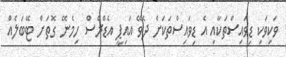
ވަކިވަކި ޑިވައިސްތަކާއި އެ ޑިވައިސްތަކަށް ދެވޭ އައިޕީ އެޑްރެސް ހިމެނޭ ގޮތަށް ޓޭބަލެއް